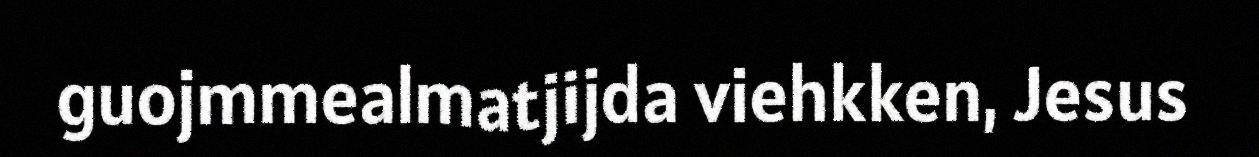
guojmmealmatjijda viehkken, Jesus